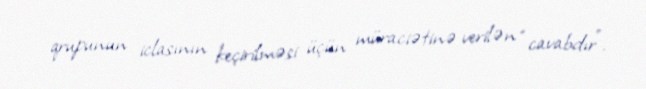
qrupunun iclasının keçirilməsi üçün müraciətinə verilən “cavabdır”.